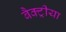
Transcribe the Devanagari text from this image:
बैक्ट्रीया